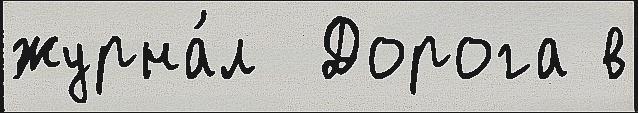
журна́л  Дорога в